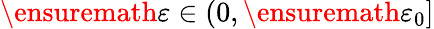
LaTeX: \ensuremath{\varepsilon}\in(0,\ensuremath{\varepsilon}_{0}]